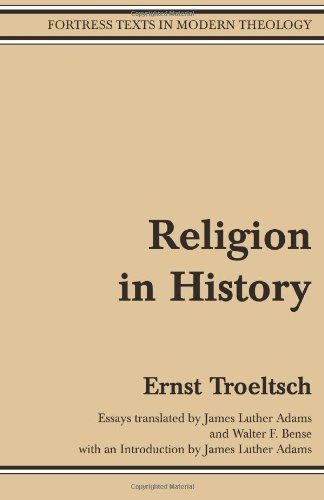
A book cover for Religion in History (Fortress Texts in Modern Theology); Ernst Troeltsch; Christian Books & Bibles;